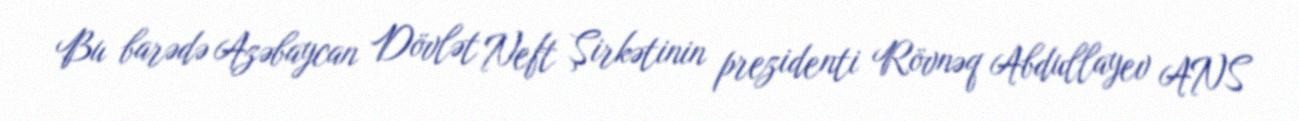
Bu barədə Azəbaycan Dövlət Neft Şirkətinin prezidenti Rövnəq Abdullayev ANS